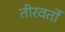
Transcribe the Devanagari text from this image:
तीरवर्तो